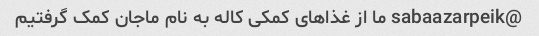
@sabaazarpeik ما از غذاهای کمکی کاله به نام ماجان کمک گرفتیم